Annual statistical returns and brief notes on vaccination in Bengal - 1887-1898
Year: 1887
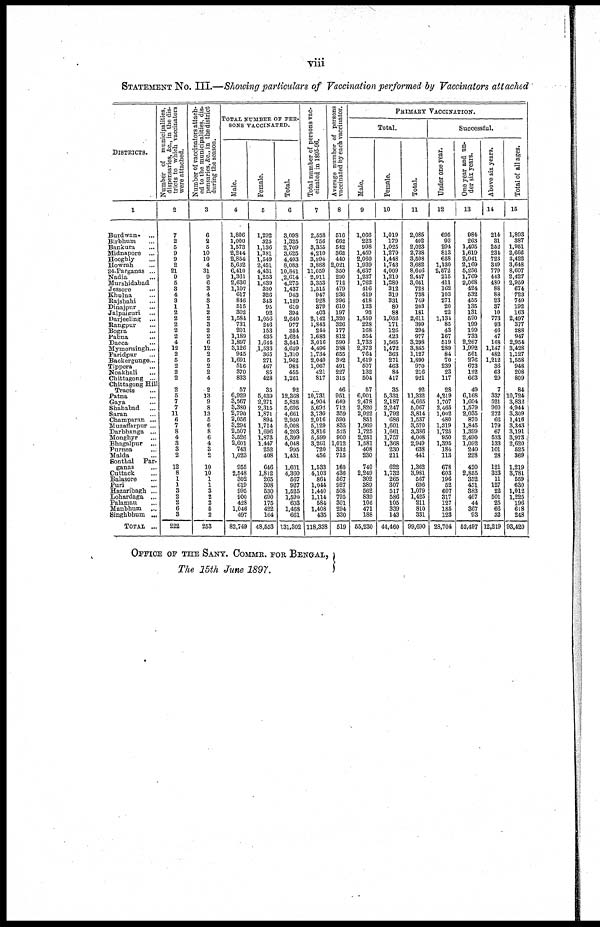
viii
STATEMENT No. III.—Showing particulars of Vaccination performed by Vaccinators attached
DISTRICTS.
1
Burdwan
...
Birbhum ...
Bankura ...
Midnapore ...
Hooghly ...
Howrah ...
24-Parganas ...
Nadia ...
Murshidabad
Jessore
...
Khulna ...
Rajshahi ...
Dinajpur ...
Jalpaiguri ...
Darjeeling ...
Rangpur ...
Bogra ...
Pabna ...
Dacca ...
Mymensingh...
Faridpur ...
Backergunge...
Tippera ...
Noakhali ...
Chittagong ...
Chittagong Hill
Tracts ...
Patna ...
Gaya ...
Shahabad ...
Saran ...
Champaran ...
Muzaffarpur ...
Darbhanga ...
Monghyr ...
Bhagalpur ...
Purnea ...
Malda ...
Sonthal Par-
ganas ...
Cuttack ...
Balasore ...
Puri ...
Hazaribagh ...
Lohardaga ...
Palamau ...
Manbhum ...
Singhbbum ...
TOTAL ...
Number of municipalities,
dispensaries, &c.,
in the dis-
tricts to which vaccinators
were attached.
2
7
2
5
9
9
2
21
9
5
3
4
3
1
2
2
2
2
2
4
12
2
5
2
2
2
2
5
7
7
11
6
7
8
4
3
3
2
12
8
1
1
3
2
2
6
3
222
Number of vaccinators attach-
ed to the municipalities, dis-
pensaries, &c., in the district
during the season.
3
6
2
5
10
10
4
31
9
6
3
4
3
1
2
2
3
2
2
6
12
2
5
2
2
4
2
13
9
8
13
5
6
8
6
4
3
8
10
10
1
1
3
2
2
5
2
253
TOTAL NUMBER OF PER-
SONS VACCINATED.
Male.
4
1,806
1,000
1,573
2,244
2,854
5,632
6,410
1,361
2,636
1,107
617
846
515
302
1,584
731
201
1,189
1,897
3,126
945
1,691
516
370
833
57
6,929
3,567
3,380
2,790
2,056
3,294
2,507
3,526
2,601
743
1,023
955
2,548
302
619
995
900
428
1,046
497
82,749
Female.
5
1,292
325
1,136
1,381
1,549
2,451
4,431
1,253
1,639
330
326
343
95
92
1,056
246
153
435
1,644
1,533
365
271
467
85
428
35
5,439
2,271
2,315
1,871
894
1,714
1,696
1,873
1,447
252
408
646
1,812
265
308
530
690
175
422
164
48,553
Total.
6
3,098
1,325
2,709
3,625
4,403
8,083
10,841
2,614
4,275
1,437
943
1,189
610
394
2,640
977
354
1,624
3,541
4,659
1,310
1,962
983
455
1,261
92
12,368
5,838
5,695
4,661
2,950
5,008
4,203
5,399
4,048
995
1,431
1,601
4,360
567
927
1,525
1,590
603
1,468
661
131,302
Total number of persons vac-
cinated in 1895-96.
7
2,558
756
3,355
4,210
3,994
3,888
11,059
2,911
3,353
1,515
947
928
379
403
2,142
1,843
244
1,683
3,016
4,496
1,734
2,040
1,067
421
817
...
10,731
4,904
5,692
3,730
2,016
5,129
3,816
5,599
3,261
720
456
1,533
4,103
864
1,044
1,440
1,114
584
1,408
435
118,338
Average number of persons
vaccinated by each vaccinator.
8
516
662
542
362
440
2,021
350
290
712
479
236
396
610
197
1,320
326
177
812
590
388
655
392
491
227
315
46
951
649
712
359
590
835
525
900
1,012
332
715
160
436
567
927
508
795
301
294
330
519
PRIMARY VACCINATION.
Total.
Male.
9
1,066
223
998
1,459
2,060
1,939
4,637
1,237
1,762
416
419
418
123
93
1,559
228
168
554
1,733
2,373
764
1,619
507
132
504
57
6,001
2,478
2,820
2,022
851
1,969
1,725
2,251
1,581
408
230
740
2,249
302
389
562
839
106
471
188
55,230
Female.
10
1,019
179
1,025
1,279
1,448
1,743
4,009
1,210
1,289
312
319
331
80
88
1,052
171
126
423
1,565
1,472
363
271
463
84
417
35
5,331
2,187
2,247
1,792
686
1,601
1,661
1,757
1,368
230
211
622
1,732
265
307
517
586
105
339
143
44,460
Total.
11
2,085
402
2,023
2,738
3,508
3,682
8,646
2,447
3,051
728
738
749
203
181
2,611
399
294
977
3,298
8,845
1,127
1,890
970
216
921
92
11,332
4,665
5,067
3,814
1,537
3,570
3,386
4,008
2,949
638
441
1,362
3,981
567
696
1,079
1,425
211
810
331
99,690
Successful.
Under one year.
12
695
93
294
813
658
1,130
2,572
215
411
162
103
271
20
22
1,131
85
43
167
519
289
84
70
239
23
117
28
4,219
1,707
2,465
1,002
480
1,319
1,725
950
1,395
184
113
678
603
196
52
607
317
127
185
123
28,704
One year and un-
der six years.
13
984
263
1,405
1,619
2,041
2,169
5,256
1,769
2,068
424
532
455
135
131
590
199
199
733
2,267
1,992
561
276
673
122
663
49
6,168
1,604
1,579
2,035
870
1,845
1,399
2,490
1,092
240
228
420
2,855
352
451
383
407
44
367
93
52,497
Above six years.
14
214
31
252
231
723
349
779
443
480
88
88
23
37
10
773
93
46
47
168
1,147
482
1,212
36
63
29
7
337
521
900
272
66
179
67
533
133
101
28
121
323
11
127
22
501
25
66
32
12,219
Total of all ages.
15
1,893
387
1,951
2,666
3,422
3,648
8,607
2,427
2,959
674
723
749
192
163
2,497
377
288
947
2,954
3,428
1,127
1,558
948
208
809
84
10,724
3,832
4,944
3,309
1,416
3,343
3,191
3,973
2,620
525
369
1,219
3,781
559
630
1,012
1,225
196
618
248
93,420
OFFICE OF THE SANY. COMMR. FOR BENGAL,
The 15th June 1897.